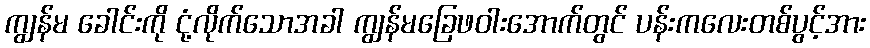
ကျွန်မ ခေါင်းကို ငုံ့လိုက်သောအခါ ကျွန်မခြေဖဝါးအောက်တွင် ပန်းကလေးတစ်ပွင့်အား